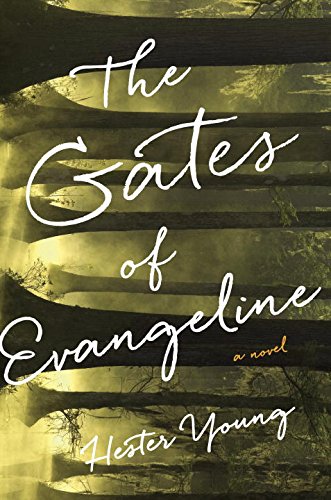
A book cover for The Gates of Evangeline; Hester Young; Mystery, Thriller & Suspense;